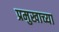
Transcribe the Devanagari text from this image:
प्रमुखाच्या